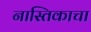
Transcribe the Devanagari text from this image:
नास्तिकाचा